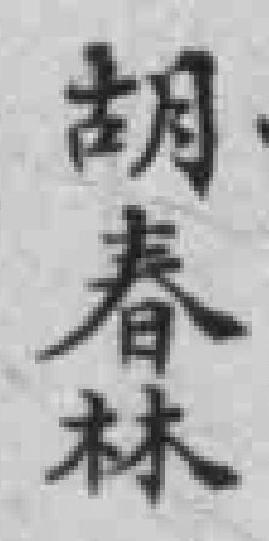
胡春林